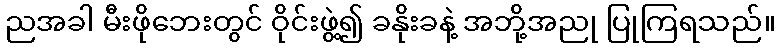
ညအခါ မီးဖိုဘေးတွင် ဝိုင်းဖွဲ့၍ ခနိုးခနဲ့ အဘို့အညု ပြုကြရသည်။